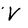
Character: V